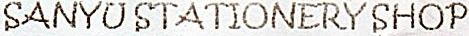
SANYU STATIONERY SHOP